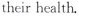
their health.